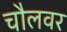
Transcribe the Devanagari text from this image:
चौलवर